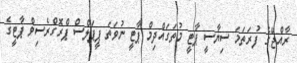
ރާއްޖޭގެ ފުރަތަމަ ސިޔާސީ ޕާޓީ މުތަގައްދިމް ޕާޓީ ނުވަތަ ޕީޕަލްސް ޕްރޮގްރެސިވް ޕާޓީގެ